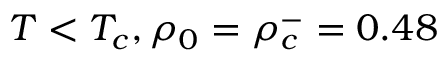
T < T _ { c } , \rho _ { 0 } = \rho _ { c } ^ { - } = 0 . 4 8